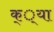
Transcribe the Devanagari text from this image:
क््या